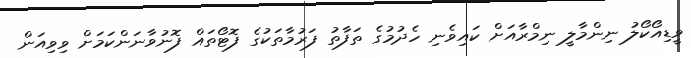
ވީޑިއޯކޯލު ނިންމާލީ ނިމްރާއަށް ކައިވެނި ހެދުމުގެ ތަފާތު ފަރުމާތަކުގެ ފޮޓޯތައް ފޮނުވާނަންކަމަށް ވިވިއަން